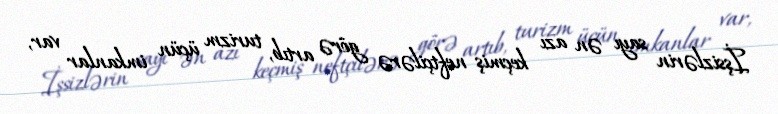
İşsizlərin sayı ən azı keçmiş neftçilərə görə artıb, turizm üçün imkanlar var,